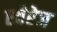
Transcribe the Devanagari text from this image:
एवेरेज